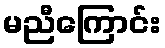
မညီကြောင်း